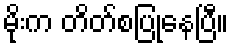
မိုးက တိတ်စပြုနေပြီ။